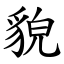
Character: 貌